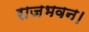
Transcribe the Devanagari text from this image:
राजभवन।